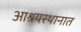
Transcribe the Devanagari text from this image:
आश्रयस्थानात